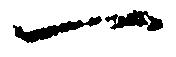
一